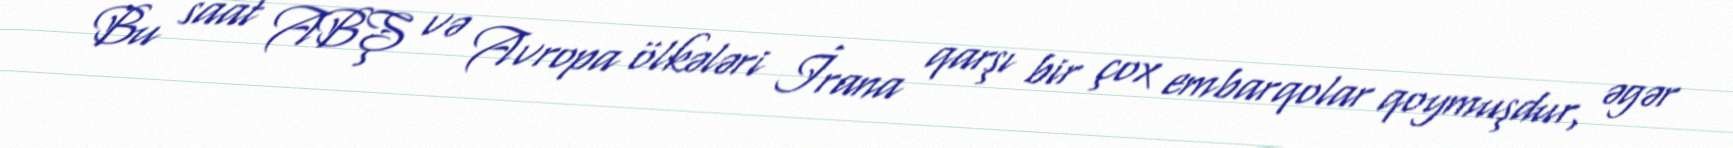
Bu saat ABŞ və Avropa ölkələri İrana qarşı bir çox embarqolar qoymuşdur, əgər